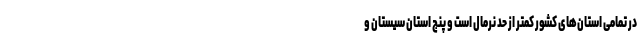
در تمامی استان‌های کشور کمتر از حد نرمال است و پنج استان سیستان و